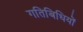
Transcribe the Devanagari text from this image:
गतिबिधियों